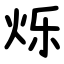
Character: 烁